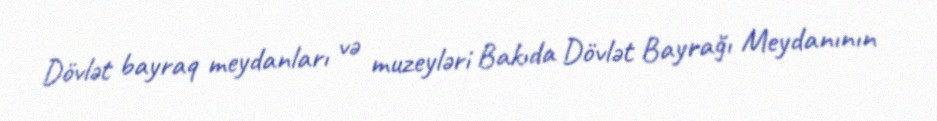
Dövlət bayraq meydanları və muzeyləri Bakıda Dövlət Bayrağı Meydanının